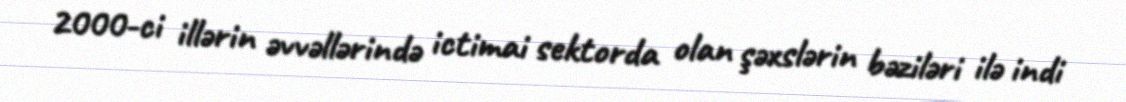
2000-ci illərin əvvəllərində ictimai sektorda olan şəxslərin bəziləri ilə indi